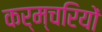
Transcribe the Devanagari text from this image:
कर्म्चरियों